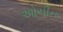
ઓચીન